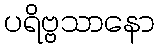
ပရိဗ္ဗသာနော